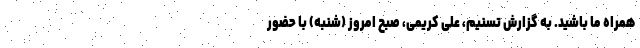
همراه ما باشید. به گزارش تسنیم، علی کریمی، صبح امروز (شنبه) با حضور